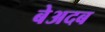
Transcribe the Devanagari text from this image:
बेअदब